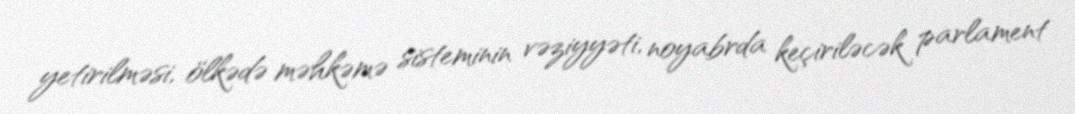
yetirilməsi, ölkədə məhkəmə sisteminin vəziyyəti, noyabrda keçiriləcək parlament